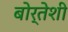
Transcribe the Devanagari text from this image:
बोर्तेशी